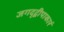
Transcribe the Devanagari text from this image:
जगद्द्वीपाकारं